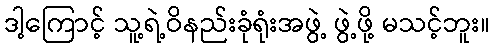
ဒါ့ကြောင့် သူ့ရဲ့ဝိနည်းခုံရုံးအဖွဲ့ ဖွဲ့ဖို့ မသင့်ဘူး။